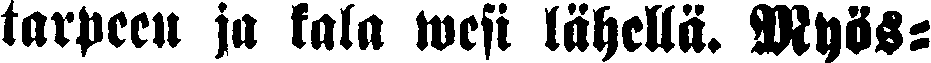
tarpeen ja kala wesi lähellä. Myös-